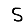
Digit: 5